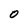
Character: O